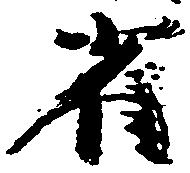
雀